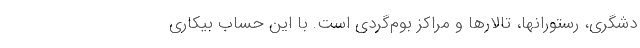
دشگری، رستورانها، تالارها و مراکز بوم‌گردی است. با این حساب بیکاری